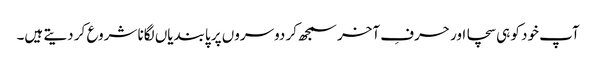
آپ خود کو ہی سچا اور حرفِ آخر سمجھ کر دوسروں پر پابندیاں لگانا شروع کر دیتے ہیں۔